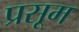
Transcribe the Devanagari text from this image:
प्रसूम